Civil Veterinary Dept. Assam report 1911-1927 - 1911-1927
Year: 1911
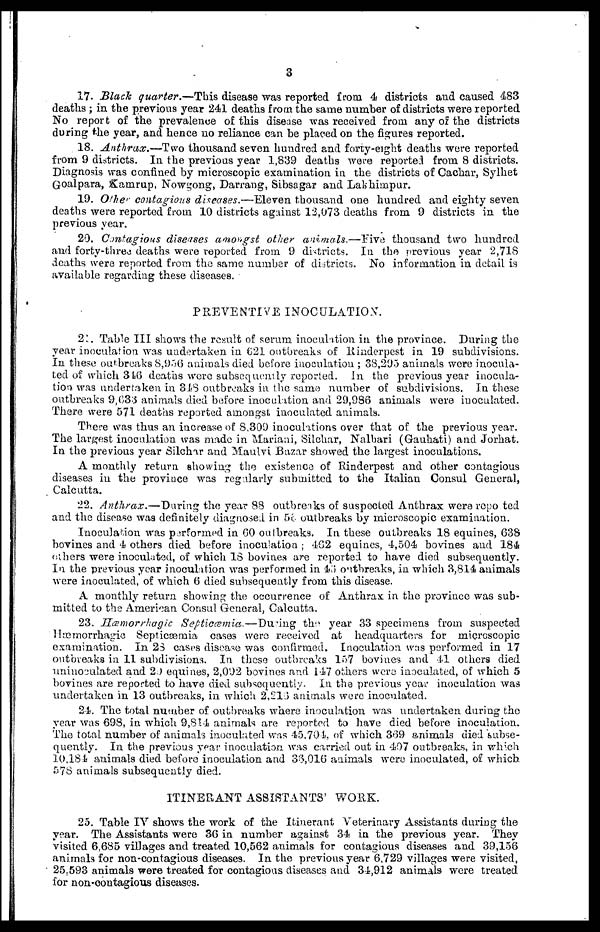
3
17. Black quarter.—This disease was reported from 4 districts and caused 483
deaths ; in the previous year 241 deaths from the same number of districts were reported
No report of the prevalence of this disease was received from any of the districts
during the year, and hence no reliance can he placed on the figures reported.
18. Anthrax.—Two
thousand seven hundred and forty-eight deaths were reported
from 9 districts. In the previous year 1,839 deaths were reported from 8 districts.
Diagnosis was confined by microscopic examination in the districts of Cachar, Sylhet
Goalpara, & Kamrup, Nowgong, Darrang, Sibsagar and Lakhimpur.
19. Other- contagious diseases.—Eleven thousand one hundred and eighty seven
deaths were reported from 10 districts against 12,073 deaths from 9 districts in the
previous year.
20. Contagious diseases amongst other animals.—Five
thousand two hundred
and forty-three deaths were reported from 9 districts. In the previous year 2,718
deaths were reported from the same number of districts. No information in detail is
available regarding these diseases.
PREVENTIVE INOCULATION.
21. Table III shows the result of serum inoculation in the province. During the
year inoculation was undertaken in 621 outbreaks of Rinderpest in 19 subdivisions.
In these outbreaks 8,956 animals died before inoculation ; 38,295 animals were inocula-
ted of which 316 deaths were subsequently reported. In the previous year inocula-
tion was undertaken in 348 outbreaks in the same number of subdivisions. In these
outbreaks 9,033 animals died before inoculation and 29,986 animals were inoculated.
There were 571 deaths reported amongst inoculated animals.
There was thus an increase of 8,309 inoculations over that of the previous year.
The largest inoculation was made in "Mariani, Silchar, Nalbari (Gauhati) and Jorhat.
In the previous year Silchar and Maulvi Bazar showed the largest inoculations.
A monthly return showing the existence of Rinderpest and other contagious
diseases in the province was regularly submitted to the Italian Consul General,
Calcutta.
22. Anthrax.—Daring
the year 83 outbreaks of suspected Anthrax were repo ted
and the disease was definitely diagnosed in 58 outbreaks by microscopic examination.
Inoculation was performed in 60 outbreaks. In these outbreaks 18 equines, 638
bovines and 4 others died before inoculation ; 462 equines, 4,504 bovines and 184
others were inoculated, of which 18 bovines are reported to have died subsequently.
In the previous year inoculation was performed in 43 outbreaks, in which 3,8.14 animals
were inoculated, of which 6 died subsequently from this disease.
A monthly return showing the occurrence of Anthrax in the province was sub-
mitted to the American Consul General, Calcutta.
23. Hæmorrhagic Septicæmia.—Diving
the
year 33 specimens from suspected
Hæmorrhagic Septicæmia cases were received at headquarters for microscopic
examination. In 23 eases disease was confirmed. Inoculation was performed in 17
outbreaks in 11 subdivisions. In these outbreaks 157 bovines and 41 others died
uninoculated and 2.) equines, 2,092 bovines and 147 others were inoculated, of which 5
bovines are reported to have died subsequently. In the previous year inoculation was
undertaken in 13 outbreaks, in which 2,213 animals were inoculated.
24. The total number of outbreaks where inoculation was undertaken during the
year was 698, in which 9,814 animals are reported to have died before inoculation.
The total number of animals inoculuted was 45,704, of which 369 animals died Subse-
quently. In the previous year inoculation was carried out in 407 outbreaks, in which
10,184 & animals died before inoculation and 33,016 animals were inoculated, of which
576 animals subsequently died.
ITINERANT ASSISTANTS' WORK.
25. Table IV shows the work of the Itinerant Veterinary Assistants during the
year. The Assistants were 36 in number against 34 in the previous year. They
visited 6,685 villages and treated 10,562 animals for contagious diseases and 39,156
animals for non-contagious diseases. In the previous year 6,729 villages were visited,
25.593 animals were treated for contagious diseases and 34,912 animals were treated
for non-coutagious diseases.